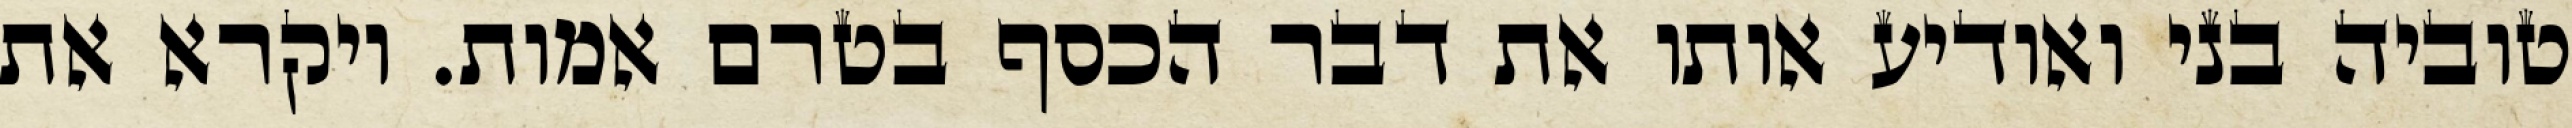
טוביה בני ואודיע אותו את דבר הכסף בטרם אמות. ויקרא את